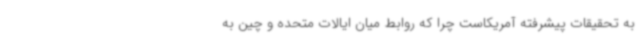
به تحقیقات پیشرفته آمریکاست چرا که روابط میان ایالات متحده و چین به